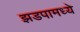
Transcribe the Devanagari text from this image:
झडपामध्ये